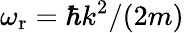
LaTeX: \omega_{\mathrm{r}}=\hbar k^{2}/(2m)